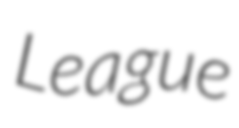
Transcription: League